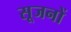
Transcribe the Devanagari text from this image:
सूजनों